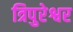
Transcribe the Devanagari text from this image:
त्रिपुरेश्वर